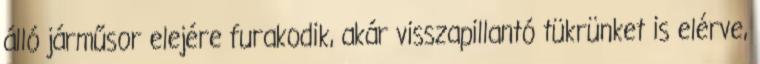
álló járműsor elejére furakodik, akár visszapillantó tükrünket is elérve,